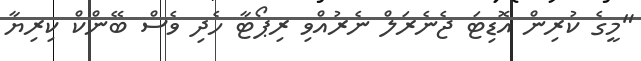
"މީގެ ކުރިން އޮޑިޓަ ޖެނެރަލް ނެރުއްވި ރިޕޯޓާ ހެދި ވެސް ބޭންކް ކިރިޔާ